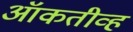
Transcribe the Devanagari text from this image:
ऑकतीव्ह